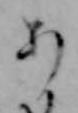
あ